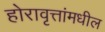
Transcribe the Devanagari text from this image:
होरावृत्तांमधील